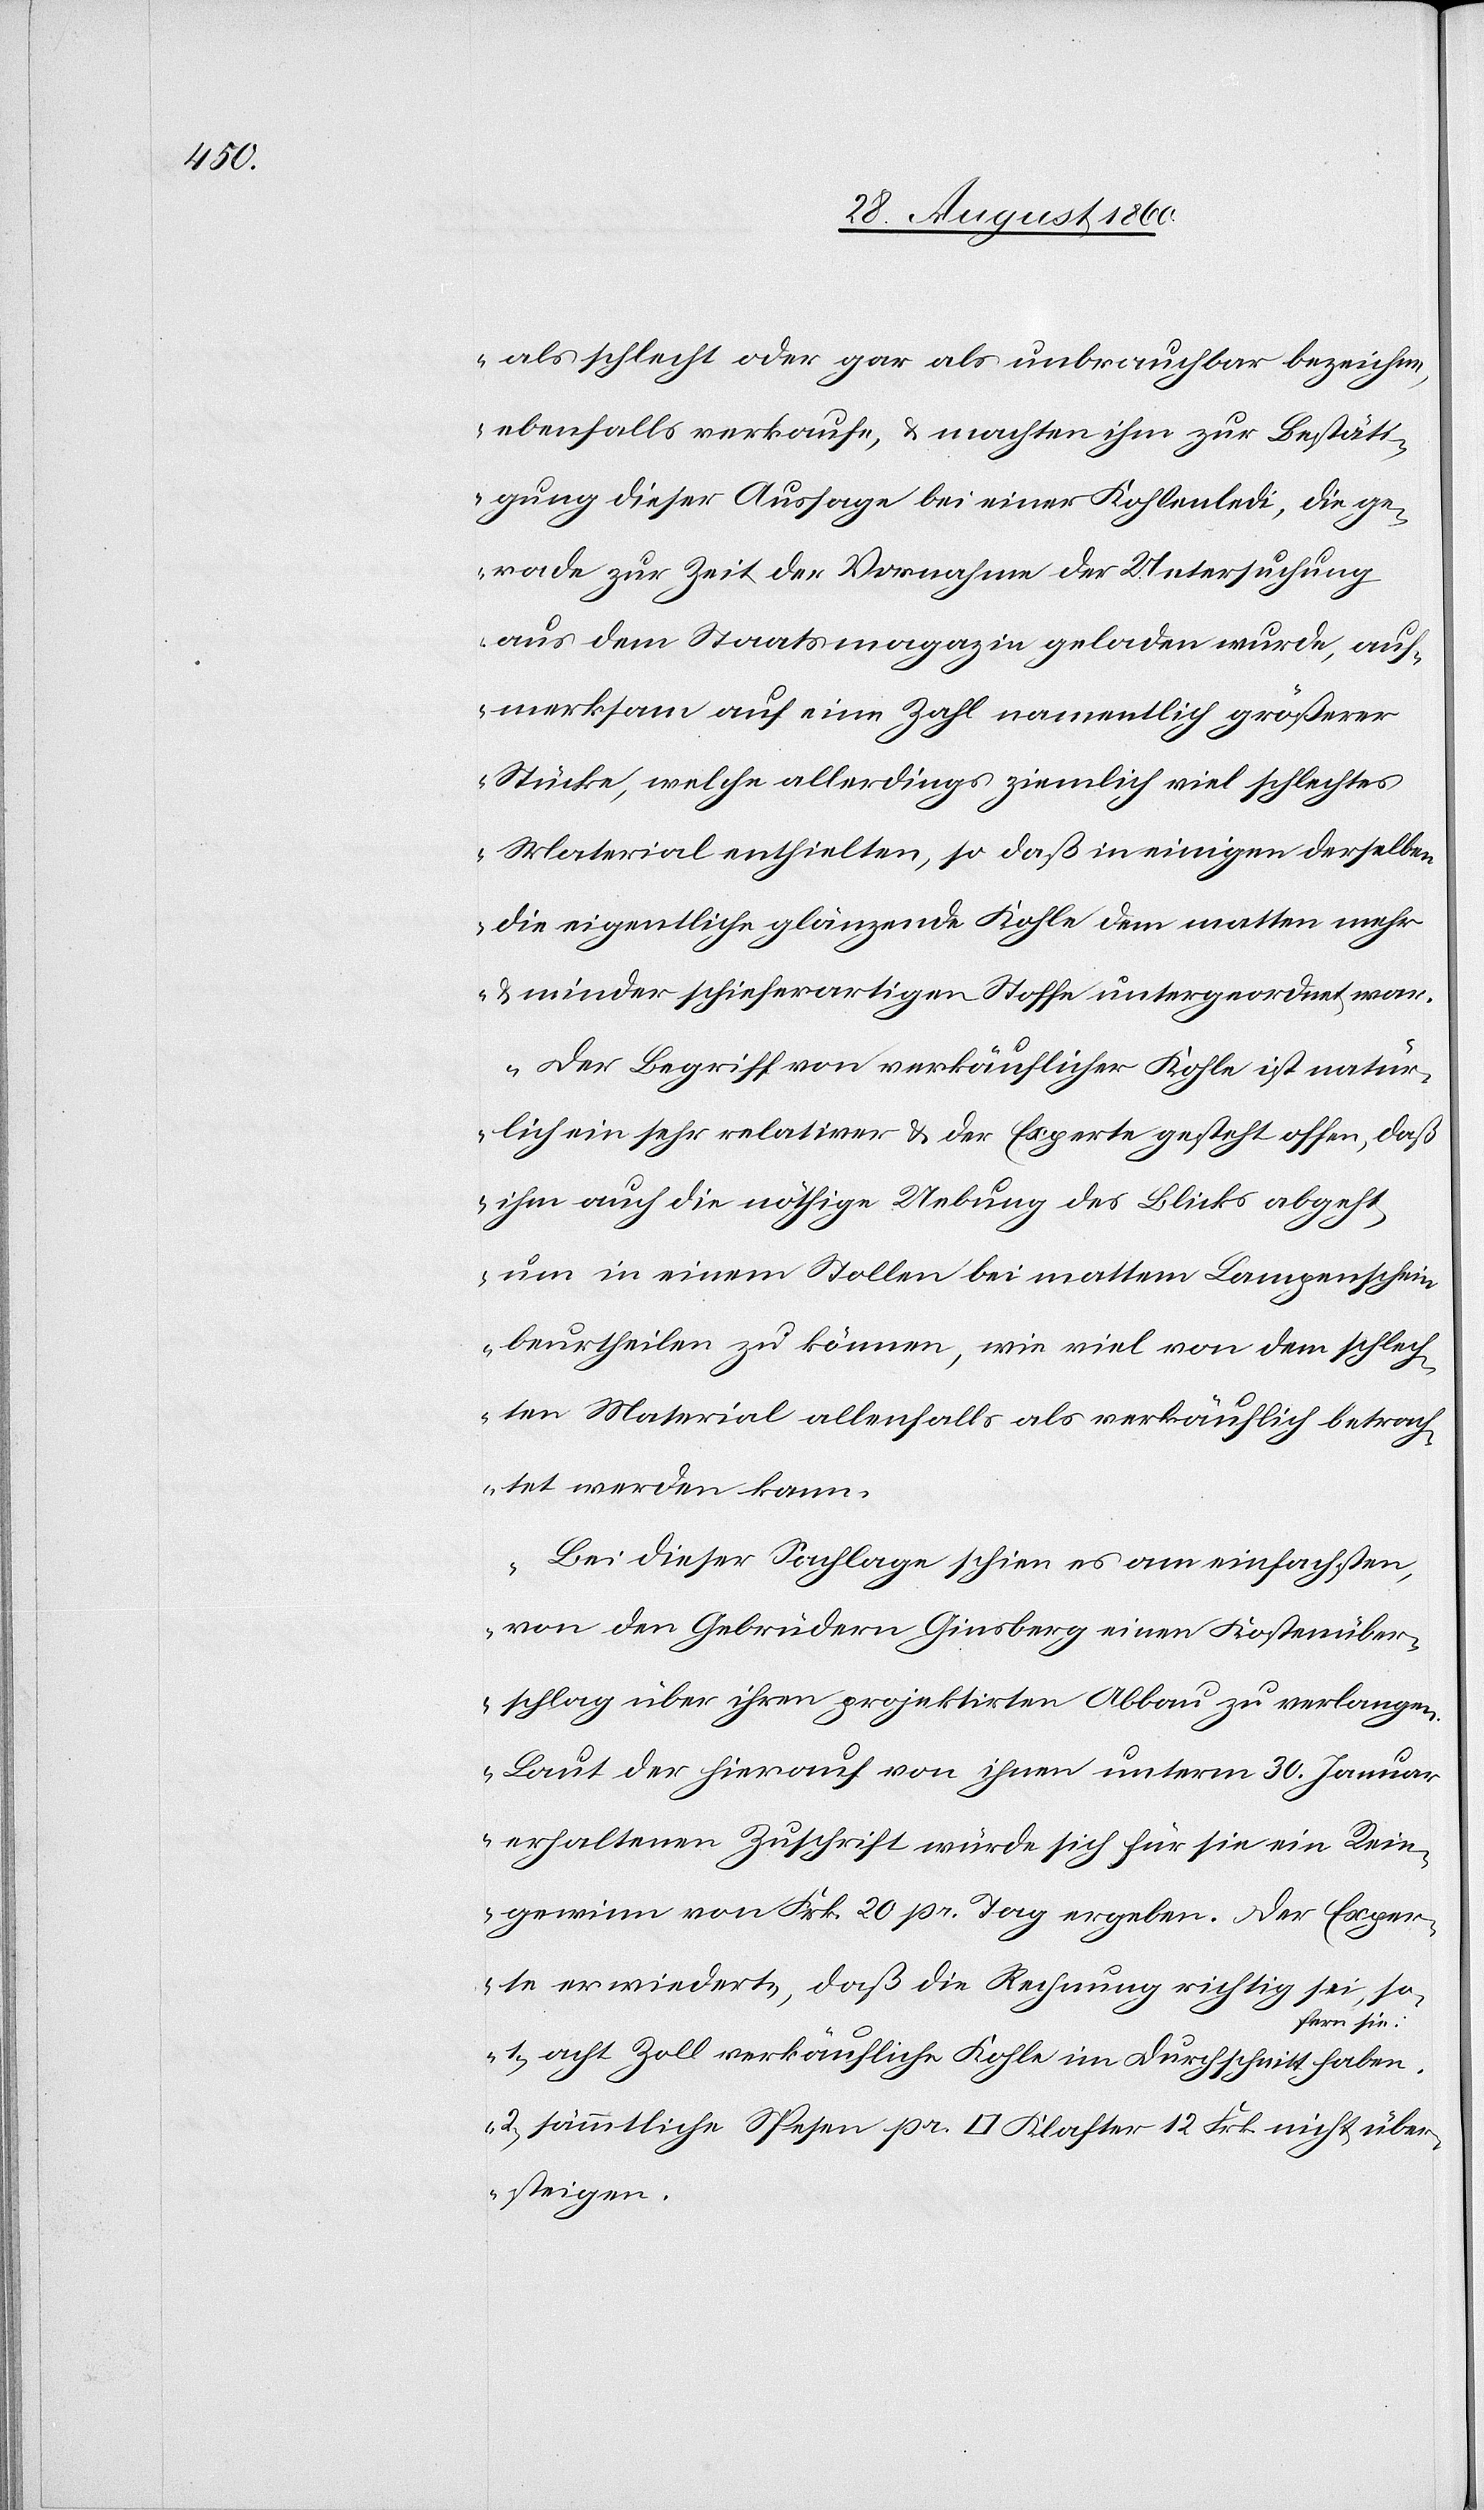
als schlecht oder gar als unbrauchbar bezeichne,
ebenfalls verkaufe u. machten ihm zur Bestäti¬
gung dieser Aussage bei einer Kohlenledi, die ge¬
rade zur Zeit der Vornahme der Utnersuchung
aus dem Staatsmagazin geladen wurde, auf¬
merksam auf eine Zahl namentlich grösserer
Stücke, welche allerdings ziemlich viel schlechtes
Material enthielten, so dass in einigen derselben
die eigentliche glänzende Kohle dem matten mehr
u. minder schieferartigen Stoffe untergeordnet war.
Der Begriff von verkäuflicher Kohle ist natür¬
lich ein sehr relativer u. der Experte gesteht offen, dass
ihm auch die nöthige Uebung des Blicks abgeht,
um in einem Stollen bei mattem Lampenschein
beurtheilen zu können, wie viel von dem schlech¬
ten Material allenfalls als verkäuflich betrach¬
tet werden kann.
Bei dieser Sachlage schien es am einfachsten,
von den Gebrüdern Ginsberg einen Kostenüber¬
schlag über ihren projektirten Abbau zu verlangen.
Laut der hierauf von ihnen unterm 30. Januar
erhaltenen Zuschrift würde sich für sie ein Rein¬
gewinn von fcs. 20 pr. Tag ergeben. Der Exper¬
te erwiederte, dass die Rechnung richtig sei, so¬
fern sie:
1. 8 Zoll verkäufliche Kohle im Durchschnitt haben.
2. Sämmtliche Spesen pr. [Quadratfuss] Klafter 12 fcs. nicht über¬
steigen.